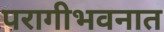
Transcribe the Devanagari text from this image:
परागीभवनात